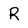
Character: R